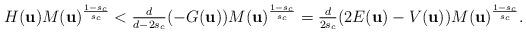
LaTeX: \begin{align*}H({\bf u}) M({\bf u})^{\frac{1-s_c}{s_c}} < \tfrac{d}{d-2s_c } (-G({\bf u})) M({\bf u})^{\frac{1-s_c}{s_c}} = \tfrac{d }{2s_c} (2E({\bf u})-V({\bf u})) M({\bf u})^{\frac{1-s_c}{s_c}}.\end{align*}